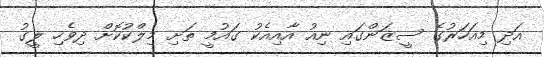
އަދި މިއަހަރުގެ ސީޒަންގައި ނިއު އާއިއެކު ގައުމީ ތަށި މިލްކުކޮށް ދިވެހި ލީގު